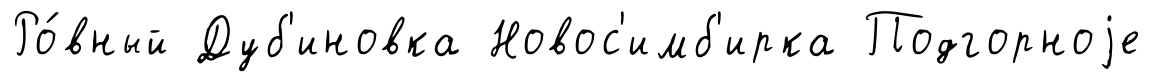
Ро́вный Дуб'иновка Новос'имб'ирка Подгорноjе